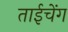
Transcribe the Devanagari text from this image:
ताईचेंग